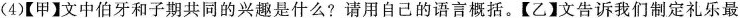
(4)【甲】文中伯牙和子期共同的兴趣是什么?请用自己的语言概括。【乙】文告诉我们制定礼乐最